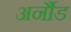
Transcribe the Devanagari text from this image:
अर्नौड